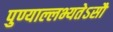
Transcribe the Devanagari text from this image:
पुण्याल्लभ्यतेऽसौ